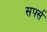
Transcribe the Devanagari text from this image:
सर्फ्स